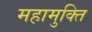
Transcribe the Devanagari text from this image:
महामुक्ति